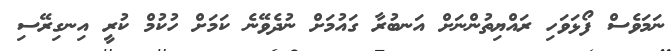
ނަމަވެސް ފޯޅަވަހި ރައްޔިތުންނަށް އަނބުރާ ގައުމަށް ނުދެވޭނެ ކަމަށް ހުކުމް ކުރީ އިނގިރޭސި